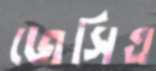
জেসিএ